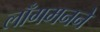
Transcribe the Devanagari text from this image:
लाँगमनने